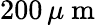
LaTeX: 200\, \mu\mathrm{~m~}